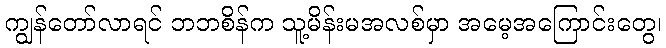
ကျွန်တော်လာရင် ဘဘစိန်က သူ့မိန်းမအလစ်မှာ အမေ့အကြောင်းတွေ၊